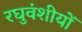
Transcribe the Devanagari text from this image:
रघुवंशीयों